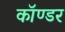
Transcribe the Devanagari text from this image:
कॉण्डर